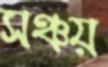
সঞ্চয়